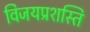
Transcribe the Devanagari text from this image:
विजयप्रशस्ति